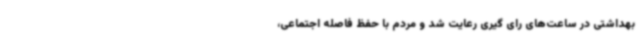
بهداشتی در ساعت‌های رای گیری رعایت شد و مردم با حفظ فاصله اجتماعی،